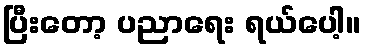
ပြီးတော့ ပညာရေး ရယ်ပေါ့။